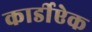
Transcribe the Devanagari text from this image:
कार्डीऐक